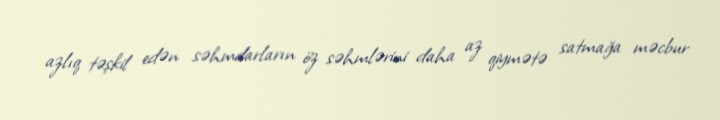
azlıq təşkil edən səhmdarların öz səhmlərini daha az qiymətə satmağa məcbur